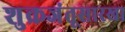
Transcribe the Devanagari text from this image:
शुक्रजंतूसारखा